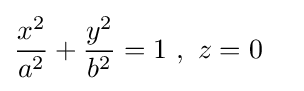
{\frac {x^{2}}{a^{2}}}+{\frac {y^{2}}{b^{2}}}=1\ ,\ z=0\quad